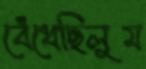
বেঁধেছিলুম